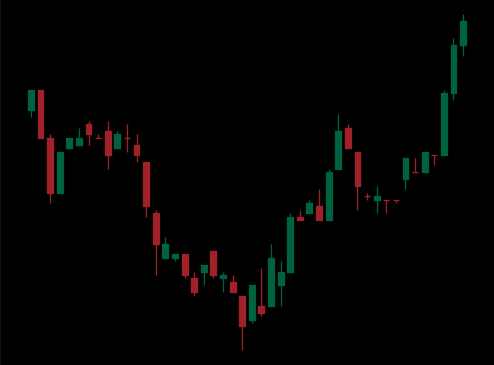
Pattern: inverse_head_shoulders